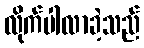
လိုက်ပါလာခဲ့သည်